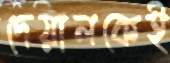
দেয়ালকেই